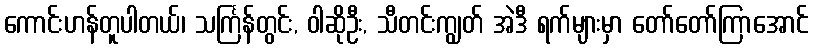
ကောင်းဟန်တူပါတယ်၊ သင်္ကြန်တွင်း, ဝါဆိုဦး, သီတင်းကျွတ် အဲဒီ ရက်များမှာ တော်တော်ကြာအောင်